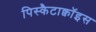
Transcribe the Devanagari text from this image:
पिस्कैटाक्वॉइस